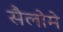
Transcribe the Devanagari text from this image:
सैलोमे